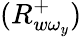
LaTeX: (R_{w\omega_{y}}^{+})